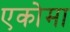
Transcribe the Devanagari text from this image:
एकोमा